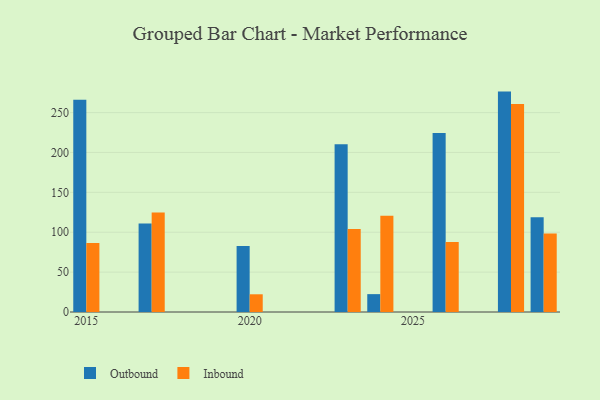
{"axis": {"x": "Year", "y": "Website Visitors"}, "legend": ["Inbound", "Outbound"], "data": [{"x": "2017", "y": 110.9, "type": "Outbound"}, {"x": "2017", "y": 124.7, "type": "Inbound"}, {"x": "2015", "y": 266.1, "type": "Outbound"}, {"x": "2015", "y": 86.6, "type": "Inbound"}, {"x": "2026", "y": 224.5, "type": "Outbound"}, {"x": "2026", "y": 87.7, "type": "Inbound"}, {"x": "2020", "y": 82.7, "type": "Outbound"}, {"x": "2020", "y": 22.2, "type": "Inbound"}, {"x": "2023", "y": 210.3, "type": "Outbound"}, {"x": "2023", "y": 103.9, "type": "Inbound"}, {"x": "2029", "y": 118.9, "type": "Outbound"}, {"x": "2029", "y": 98.5, "type": "Inbound"}, {"x": "2024", "y": 22.4, "type": "Outbound"}, {"x": "2024", "y": 120.7, "type": "Inbound"}, {"x": "2028", "y": 276.3, "type": "Outbound"}, {"x": "2028", "y": 260.9, "type": "Inbound"}]}